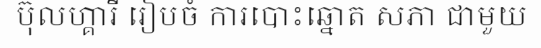
ប៊ុលហ្គារី រៀបចំ ការបោះឆ្នោត សភា ជាមួយ